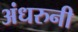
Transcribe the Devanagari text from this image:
अंधरुनी